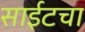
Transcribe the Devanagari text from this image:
साईटचा